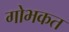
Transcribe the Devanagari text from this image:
गोभकत